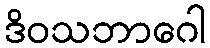
ဒိဝသဘာဂေါ